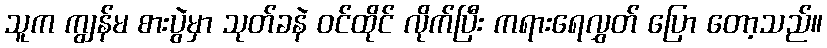
သူက ကျွန်မ စားပွဲမှာ သုတ်ခနဲ ဝင်ထိုင် လိုက်ပြီး ကရားရေလွှတ် ပြော တော့သည်။